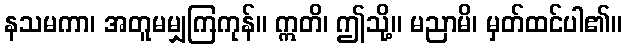
နသမကာ၊ အတူမမျှကြကုန်။ ဣတိ၊ ဤသို့။ မညာမိ၊ မှတ်ထင်ပါ၏။